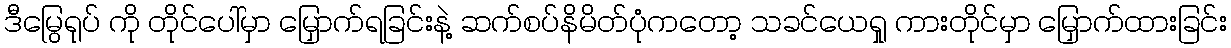
ဒီမြွေရုပ် ကို တိုင်ပေါ်မှာ မြှောက်ရခြင်းနဲ့ ဆက်စပ်နိမိတ်ပုံကတော့ သခင်ယေရှု ကားတိုင်မှာ မြှောက်ထားခြင်း